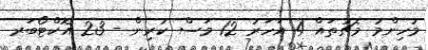
މުހިންމު މެޗުތައް 4 އަހަރު 12 މަސް ކުރިން - 23 އޮކްޓޯބަރ